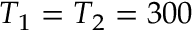
T _ { 1 } = T _ { 2 } = 3 0 0